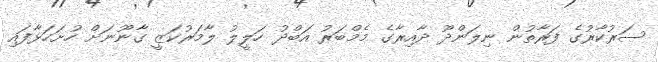
ސަރުކާރުގެ ފަރާތުން ނިލަންދޫ ދާއިރާގެ މެމްބަރު އަބްދު ހަލީލު ލާމަރުކަޒީ ގާނޫނަށް ހުށަހަޅާފައި